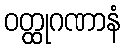
ဝတ္ထုဂဏာနံ